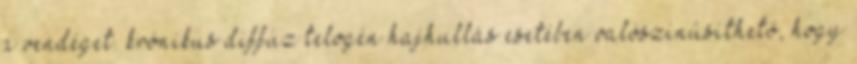
a vendéget. krónikus diffúz telogén hajhullás esetében valószínűsíthető, hogy